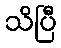
သိပြီ